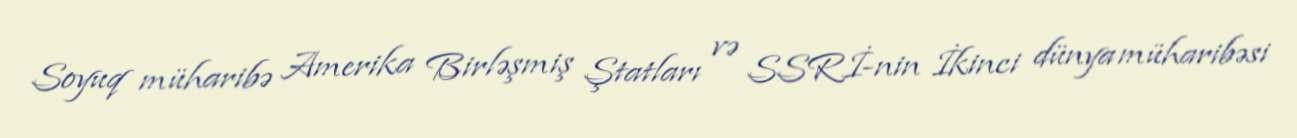
Soyuq müharibə Amerika Birləşmiş Ştatları və SSRİ-nin İkinci dünya müharibəsi